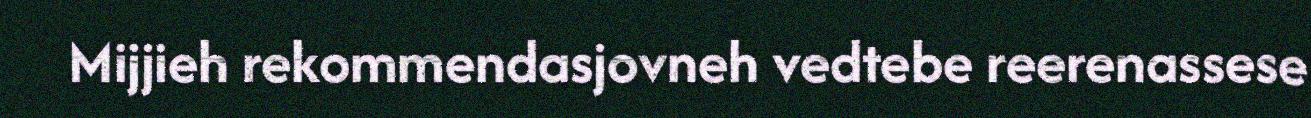
Mijjieh rekommendasjovneh vedtebe reerenassese